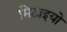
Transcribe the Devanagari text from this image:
मिठाइयो